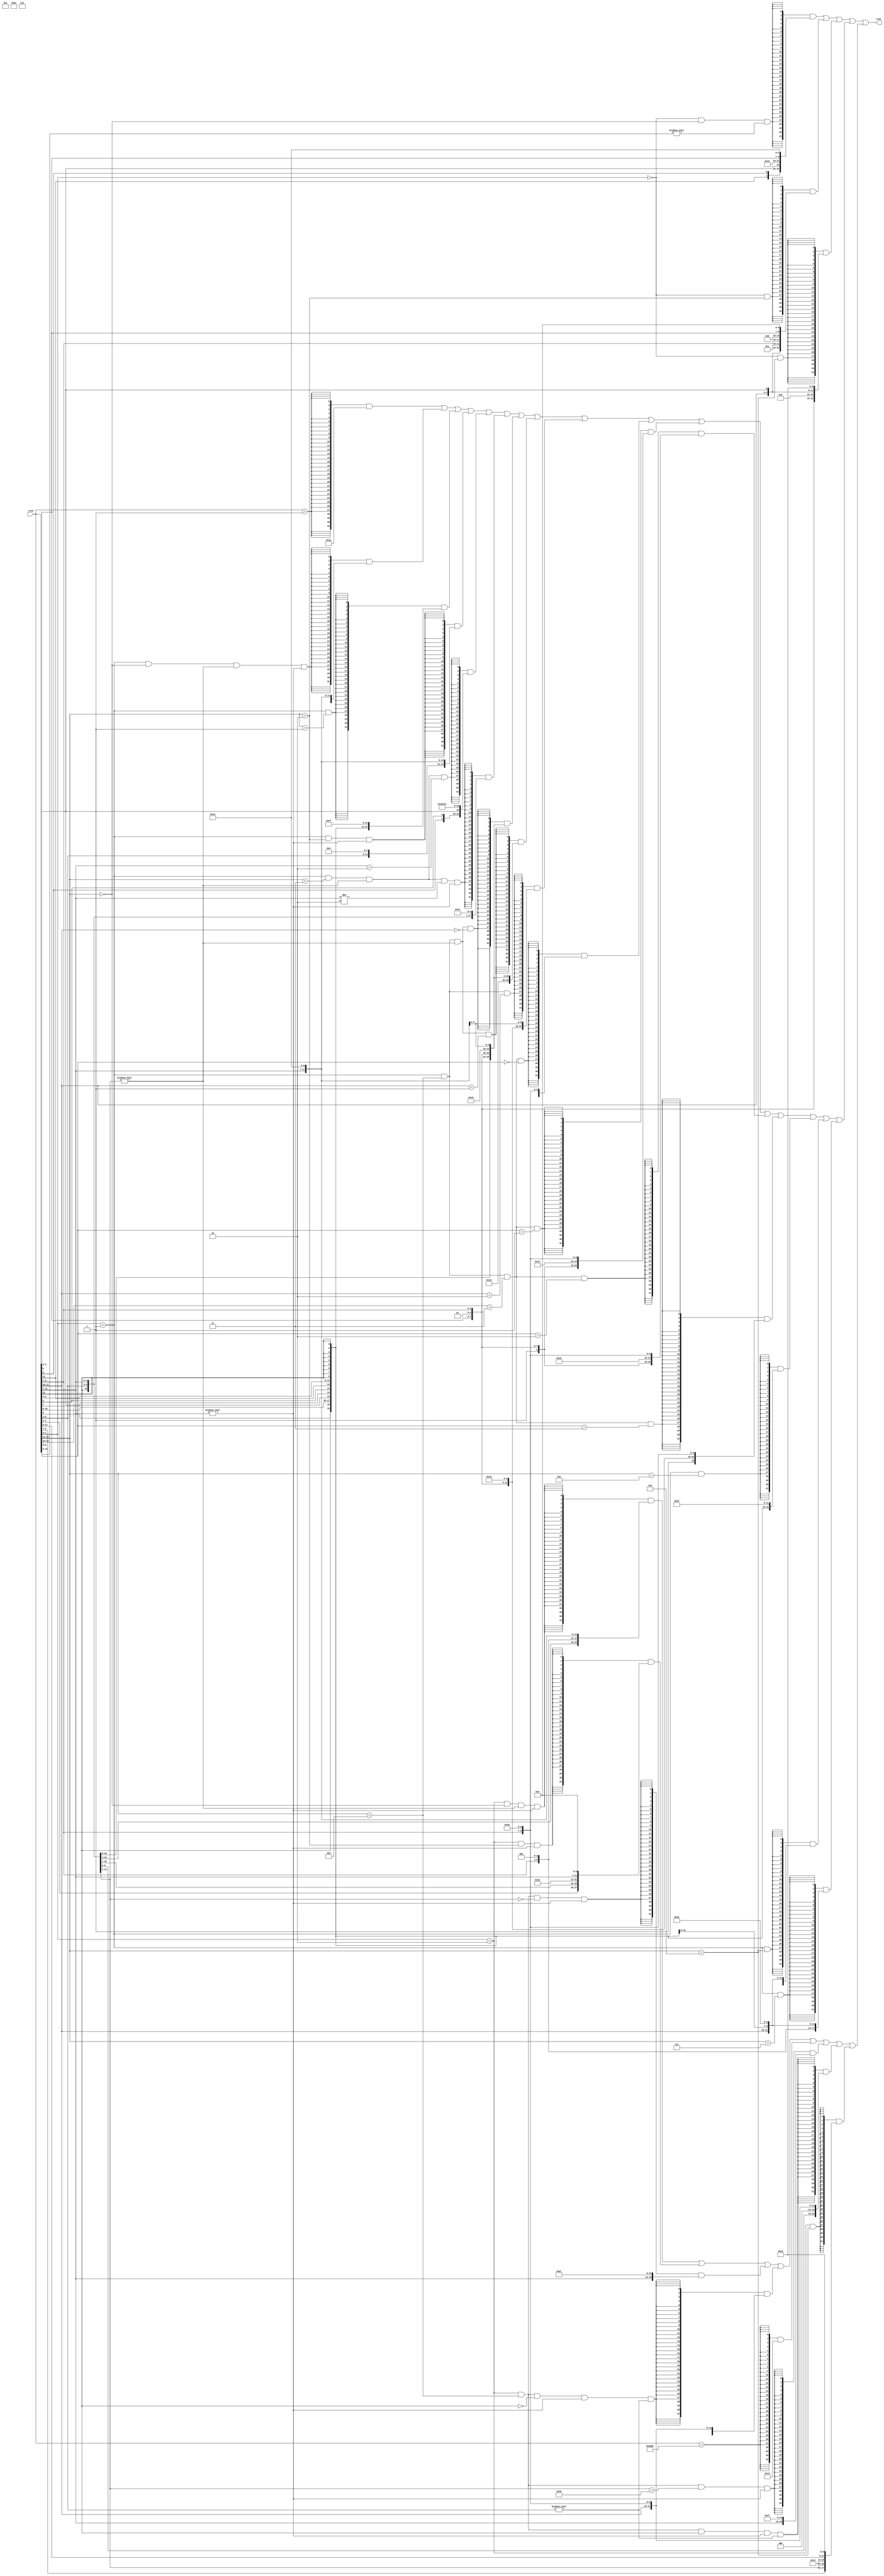
module rv16torv32(rv16, rv32);

input [15:0] rv16;
output [31:0] rv32;

wire [2:0] c0_rdprime = rv16[4:2];
wire [2:0] c0_rs2prime = rv16[4:2];
wire [2:0] c0_rs1prime = rv16[9:7];
wire [6:2] c0_uimm = {rv16[5],rv16[12:10],rv16[6]};
wire [9:2] c0_nzuimm = {rv16[10:7],rv16[12:11],rv16[5],rv16[6]};

wire CADDI4SPN = (rv16[1:0]==2'b0) && (rv16[15:13]==3'b0) && (rv16[12:5]!=8'b0);
wire CLW = (rv16[1:0]==2'b0) && (rv16[15:13]==3'b010);
wire CSW = (rv16[1:0]==2'b0) && (rv16[15:13]==3'b110);

wire [31:0] c0_instr = ({32{CADDI4SPN}} & {2'b0,c0_nzuimm,2'b0,5'h2,3'b0,2'b01,c0_rdprime,7'h13}) |  // addi rd', x2, nzuimm[9:2]
                  ({32{CLW}} & {5'b0,c0_uimm,2'b0,2'b01,c0_rs1prime,3'b010,2'b01,c0_rdprime,7'h03}) |  //lw rd', offset[6:2](rs1')
                  ({32{CSW}} & {5'b0,c0_uimm[6:5],2'b01,c0_rs2prime,2'b01,c0_rs1prime,3'b010,c0_uimm[4:2],2'b0,7'h23}) ;  // sw, rs2', offset[6:2](rs1')

wire [2:0] c1_rs2prime = rv16[4:2];
wire [2:0] c1_rs1prime = rv16[9:7];
wire [2:0] c1_rdprime = rv16[9:7];
wire [4:0] c1_rs1 = rv16[11:7];
wire [4:0] c1_rd = rv16[11:7];
wire [5:0] c1_nzimm = {rv16[12],rv16[6:2]};
wire [11:1] c1_jalimm = {rv16[12],rv16[8],rv16[10:9],rv16[6],rv16[7],rv16[2],rv16[11],rv16[5:3]};
wire [5:0] c1_imm = {rv16[12],rv16[6:2]};
wire [9:4] c1_addi16sp_nzimm = {rv16[12],rv16[4:3],rv16[5],rv16[2],rv16[6]};
wire [17:12] c1_lui_nzuimm = {rv16[12],rv16[6:2]};
wire [5:0] c1_shamt = {rv16[12],rv16[6:2]};
wire [8:1] c1_bxx_offset = {rv16[12],rv16[6:5],rv16[2],rv16[11:10],rv16[4:3]};

wire CNOP = (rv16[15:0]==16'h1);
wire CADDI = (rv16[1:0]==2'b1) && (rv16[15:13]==3'h0) && (c1_nzimm[5:0]!=6'b0) && (c1_rd!=5'b0);
wire CJAL = (rv16[1:0]==2'b1) && (rv16[15:13]==3'b001) ;
wire CLI = (rv16[1:0]==2'b1) && (rv16[15:13]==3'b010) && (c1_rd!=5'b0);
wire CADDI16SP = (rv16[1:0]==2'b1) && (rv16[15:13]==3'b011) && (c1_addi16sp_nzimm[9:4]!=6'b0) && (c1_rd==5'h2) ;
wire CLUI = (rv16[1:0]==2'b1) && (rv16[15:13]==3'b011) && (c1_lui_nzuimm[17:12]!=6'b0) && (c1_rd!=5'h2) && (c1_rd!=5'h0) ;
wire CSRLI = (rv16[1:0]==2'b1) && (rv16[15:13]==3'b100) && (c1_shamt[5:0]!=6'b0) && (rv16[11:10]==2'b00)  ;
wire CSRAI = (rv16[1:0]==2'b1) && (rv16[15:13]==3'b100) && (c1_shamt[5:0]!=6'b0) && (rv16[11:10]==2'b01)  ;
wire CANDI = (rv16[1:0]==2'b1) && (rv16[15:13]==3'b100) && (rv16[11:10]==2'b10)  ;
wire CSUB = (rv16[1:0]==2'b1) && (rv16[15:13]==3'b100) && (rv16[12:10]==3'b011) && (rv16[6:5]==2'b00)  ;
wire CXOR = (rv16[1:0]==2'b1) && (rv16[15:13]==3'b100) && (rv16[12:10]==3'b011) && (rv16[6:5]==2'b01)  ;
wire COR =  (rv16[1:0]==2'b1) && (rv16[15:13]==3'b100) && (rv16[12:10]==3'b011) && (rv16[6:5]==2'b10)  ;
wire CAND = (rv16[1:0]==2'b1) && (rv16[15:13]==3'b100) && (rv16[12:10]==3'b011) && (rv16[6:5]==2'b11)  ;
wire CJ =    (rv16[1:0]==2'b1) && (rv16[15:13]==3'b101) ;
wire CBEQZ = (rv16[1:0]==2'b1) && (rv16[15:13]==3'b110) ;
wire CBNEZ = (rv16[1:0]==2'b1) && (rv16[15:13]==3'b111) ;

wire [31:0] c1_instr = ({32{CNOP}} & 32'h13) |
                  ({32{CADDI}} & {{6{c1_nzimm[5]}},c1_nzimm[5:0],c1_rs1,3'b0,c1_rd,7'h13}) |  // addi rd, rd, nzimm[5:0]
                  ({32{CJAL}} & {c1_jalimm[11],c1_jalimm[10:1],c1_jalimm[11],{8{c1_jalimm[11]}},5'h1,7'h6f}) |  //JAL x1, offset[11:1]
                  ({32{CLI}} & {{6{c1_imm[5]}},c1_imm[5:0],5'h0,3'b0,c1_rd,7'h13}) |   //addi rd, x0, imm[5:0]
                  ({32{CADDI16SP}} & {{2{c1_addi16sp_nzimm[9]}},c1_addi16sp_nzimm[9:4],4'b0,5'h2,3'b0,5'h2,7'h13}) |  //addi x2, x2, nzimm[9:4]
                  ({32{CLUI}} & {{14{c1_lui_nzuimm[17]}},c1_lui_nzuimm[17:12],c1_rd,7'h37}) |  //lui rd,  nzuimm[17:12]
                  ({32{CSRLI}} & {6'h00,c1_shamt[5:0],2'b1,c1_rdprime,3'b101,2'b1,c1_rdprime,7'h13}) |  //srli rd', rd',  shamt[5:0]
                  ({32{CSRAI}} & {6'h10,c1_shamt[5:0],2'b1,c1_rdprime,3'b101,2'b1,c1_rdprime,7'h13}) |  //srai rd', rd',  shamt[5:0]
                  ({32{CANDI}} & {{6{c1_imm[5]}},c1_imm[5:0],2'b1,c1_rdprime,3'b111,2'b1,c1_rdprime,7'h13}) |  //andi rd', rd',  imm[5:0]
                  ({32{CSUB}} & {7'h20,2'b1,c1_rs2prime,2'b1,c1_rdprime,3'b0,2'b1,c1_rdprime,7'h33}) |  //sub rd', rd', rs2' 
                  ({32{CXOR}} & {7'h00,2'b1,c1_rs2prime,2'b1,c1_rdprime,3'b100,2'b1,c1_rdprime,7'h33}) |  //xor rd', rd', rs2' 
                  ({32{COR}} & {7'h00,2'b1,c1_rs2prime,2'b1,c1_rdprime,3'b110,2'b1,c1_rdprime,7'h33}) |  //or rd', rd', rs2' 
                  ({32{CAND}} & {7'h00,2'b1,c1_rs2prime,2'b1,c1_rdprime,3'b111,2'b1,c1_rdprime,7'h33}) |  //and rd', rd', rs2' 
                  ({32{CJ}} & {c1_jalimm[11],c1_jalimm[10:1],c1_jalimm[11],{8{c1_jalimm[11]}},5'h0,7'h6f}) |  //JAL x0, offset[11:1]
                  ({32{CBEQZ}} & {{3{c1_bxx_offset[8]}},c1_bxx_offset[8:5],5'b0,2'b1,c1_rs1prime,3'b0,c1_bxx_offset[4:1],c1_bxx_offset[8],7'h63}) |  //beq rs1', x0, offset[8:1] 
                  ({32{CBNEZ}} & {{3{c1_bxx_offset[8]}},c1_bxx_offset[8:5],5'b0,2'b1,c1_rs1prime,3'b001,c1_bxx_offset[4:1],c1_bxx_offset[8],7'h63}) ;  //bne rs1', x0, offset[8:1] 


wire [5:0] c2_shamt = {rv16[12],rv16[6:2]};
wire [7:2] c2_lw_offset = {rv16[3:2],rv16[12],rv16[6:4]};
wire [4:0] c2_rs1 = rv16[11:7];
wire [4:0] c2_rd = rv16[11:7];
wire [4:0] c2_rs2 = rv16[6:2];
wire [7:2] c2_sw_offset = {rv16[8:7],rv16[12:9]};


wire CSLLI = (rv16[1:0]==2'b10) && (rv16[15:13]==3'b000) && (c2_shamt[5:0]!=6'b0) && (c2_rd!=5'b0)  ;
wire CLWSP = (rv16[1:0]==2'b10) && (rv16[15:13]==3'b010) && (c2_rd!=5'b0)  ;
wire CJR = (rv16[1:0]==2'b10) && (rv16[15:13]==3'b100) && (c2_shamt[5:0]==6'b0) && (c2_rd!=5'h0)  ;
wire CMV = (rv16[1:0]==2'b10) && (rv16[15:13]==3'b100) && (rv16[12]==1'b0) && (c2_rd!=5'h0) && (c2_rs2!=5'h0)  ;
wire CBREAK = (rv16[15:0]==16'h9002)  ;
wire CJALR = (rv16[1:0]==2'b10) && (rv16[15:13]==3'b100) && (c2_shamt[5:0]==6'h20) && (c2_rs1!=5'h0)  ;
wire CADD = (rv16[1:0]==2'b10) && (rv16[15:13]==3'b100) && (rv16[12]==1'b1) && (c2_rs1!=5'h0) && (c2_rs2!=5'h0)  ;
wire CSWSP = (rv16[1:0]==2'b10) && (rv16[15:13]==3'b110)   ;


wire [31:0] c2_instr = ({32{CSLLI}} & {7'h00,c2_shamt[5:0],c2_rd,3'b001,c1_rd,7'h13} ) |  //slli rd, rd, shamt[5:0]
                       ({32{CLWSP}} & {4'b0,c2_lw_offset[7:2],2'b0,5'h2,3'b010,c2_rd,7'h03}) |  //lw rd, offset[7:2](x2)
                       ({32{CJR}} & {12'b0,c2_rs1,3'b0,5'h0,7'h67}) |  //JALR x0, rs1, 0
                       ({32{CMV}} & {7'h00,c2_rs2,5'h0,3'b0,c2_rd,7'h33}) |  //add rd, x0, rs2 
                       ({32{CBREAK}} & {12'b0,20'h73}) |  // ebreak
                       ({32{CJALR}} & {12'b0,c2_rs1,3'b0,5'h1,7'h67}) |  //JALR x1, rs1, 0
                       ({32{CADD}} & {7'h00,c2_rs2,c2_rd,3'b0,c2_rd,7'h33}) |  //add rd, rd, rs2 
                       ({32{CSWSP}} & {4'b0,c2_sw_offset[7:5],c2_rs2,5'h2,3'b010,c2_sw_offset[4:2],2'b0,7'h23}) ;  // sw, rs2, offset[7:2](x2)

assign rv32 = c0_instr | c1_instr | c2_instr;

endmodule